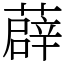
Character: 薜